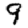
Digit: 9